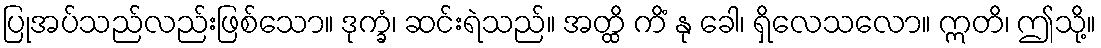
ပြုအပ်သည်လည်းဖြစ်သော။ ဒုက္ခံ၊ ဆင်းရဲသည်။ အတ္ထိ ကိံ နု ခေါ၊ ရှိလေသလော။ ဣတိ၊ ဤသို့။